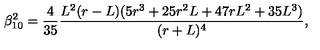
\beta _ { 1 0 } ^ { 2 } = \frac { 4 } { 3 5 } \frac { L ^ { 2 } ( r - L ) ( 5 r ^ { 3 } + 2 5 r ^ { 2 } L + 4 7 r L ^ { 2 } + 3 5 L ^ { 3 } ) } { ( r + L ) ^ { 4 } } ,